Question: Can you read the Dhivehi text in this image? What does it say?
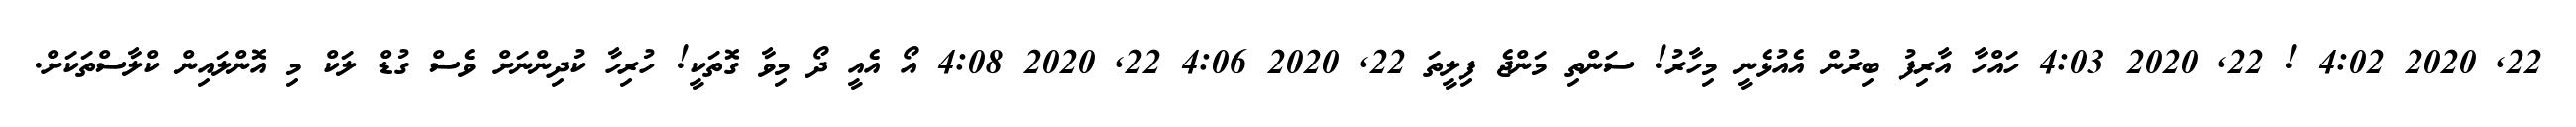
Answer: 22, 2020 4:02 ! 22, 2020 4:03 ހައްހާ އާރިފު ބިރުން އެއުޅެނީ މިހާރު! ސަންތި މަންޖެ ފިލީތަ 22, 2020 4:06 22, 2020 4:08 އޯ އެއީ ދޯ މިވާ ގޮތަކީ! ހުރިހާ ކުދިންނަށް ވެސް ގުޑް ލަކް މި އޮންލައިން ކްލާސްތަކަށް.